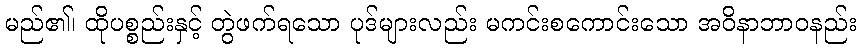
မည်၏၊ ထိုပစ္စည်းနှင့် တွဲဖက်ရသော ပုဒ်များလည်း မကင်းစကောင်းသော အဝိနာဘာဝနည်း